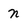
Character: n